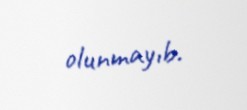
olunmayıb.